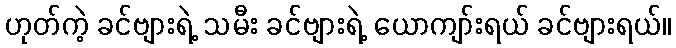
ဟုတ်ကဲ့ ခင်ဗျားရဲ့ သမီး ခင်ဗျားရဲ့ ယောကျာ်းရယ် ခင်ဗျားရယ်။